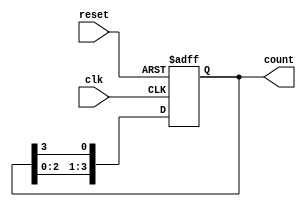
module bistable_ring_counter (
    input wire clk,         // Clock input
    input wire reset,       // Asynchronous reset
    output reg [3:0] count  // 4-bit output for the ring counter
);

// Initialize the counter to a known state (0001)
always @(posedge clk or posedge reset) begin
    if (reset) begin
        count <= 4'b0001; // Set the initial state to 0001
    end else begin
        // Shift the '1' to the next flip-flop
        count <= {count[2:0], count[3]}; // Rotate left
    end
end

endmodule